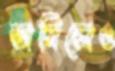
অমিলেও